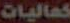
كماليات